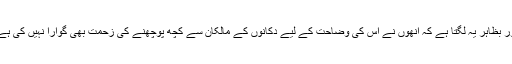
اور بظاہر یہ لگتا ہے کہ انھوں نے اس کی وضاحت کے لیے دکانوں کے مالکان سے کچھ پوچھنے کی زحمت بھی گوارا نہیں کی ہے۔